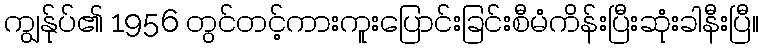
ကျွန်ုပ်၏ 1956 တွင်တင့်ကားကူးပြောင်းခြင်းစီမံကိန်းပြီးဆုံးခါနီးပြီ။